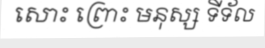
សោះ ព្រោះ មនុស្ស ទីទ័ល